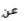
عن